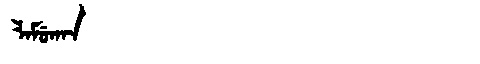
Manchu: ᠯᠠᠮᡠᡴᠠᠨ
Romanization: LAMUKAN